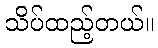
သိပ်ထည့်တယ်။